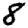
Digit: 8